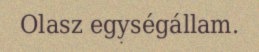
Olasz egységállam.